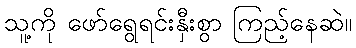
သူ့ကို ဖော်ရွေရင်းနှီးစွာ ကြည့်နေဆဲ။